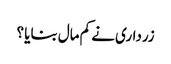
زرداری نے کم مال بنایا ؟